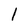
Character: 1